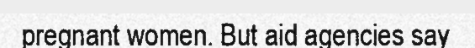
pregnant women. But aid agencies say